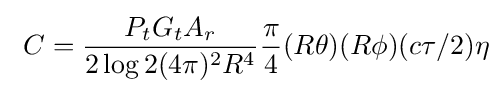
\ C={\frac {P_{t}G_{t}A_{r}}{2\log 2(4\pi )^{2}R^{4}}}{\frac {\pi }{4}}(R\theta )(R\phi )(c\tau /2)\eta